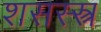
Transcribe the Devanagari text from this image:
शसस्स्त्र